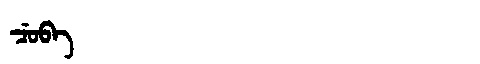
Manchu: ᠴᡠᠪᠠ
Romanization: CUBA